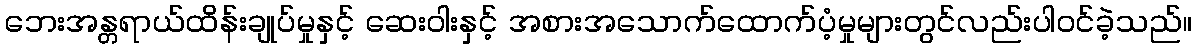
ဘေးအန္တရာယ်ထိန်းချုပ်မှုနှင့် ဆေးဝါးနှင့် အစားအသောက်ထောက်ပံ့မှုများတွင်လည်းပါဝင်ခဲ့သည်။